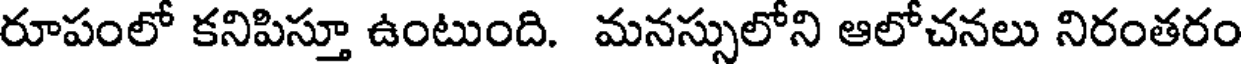
రూపంలో కనిపిస్తూ ఉంటుంది. మనస్సులోని ఆలోచనలు నిరంతరం